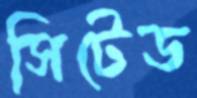
সিটেড